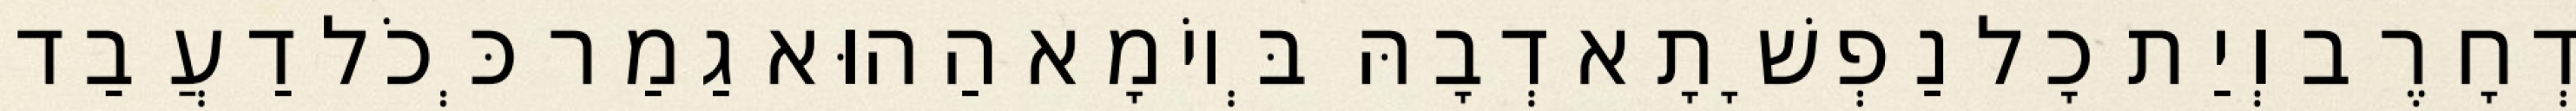
דְחָרֶב וְיַת כָל נַפְשָׁתָא דְבָהּ בְּיוֹמָא הַהוּא גַמַר כְּכֹל דַעֲבַד